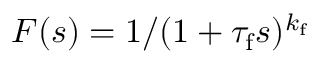
F ( s ) = 1 / ( 1 + \tau _ { \mathrm { f } } s ) ^ { k _ { \mathrm { f } } }